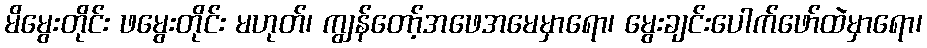
မိမွေးတိုင်း ဖမွေးတိုင်း မဟုတ်၊ ကျွန်တော့်အဖေအမေမှာရော၊ မွေးချင်းပေါက်ဖော်ထဲမှာရော၊